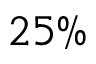
2 5 \%